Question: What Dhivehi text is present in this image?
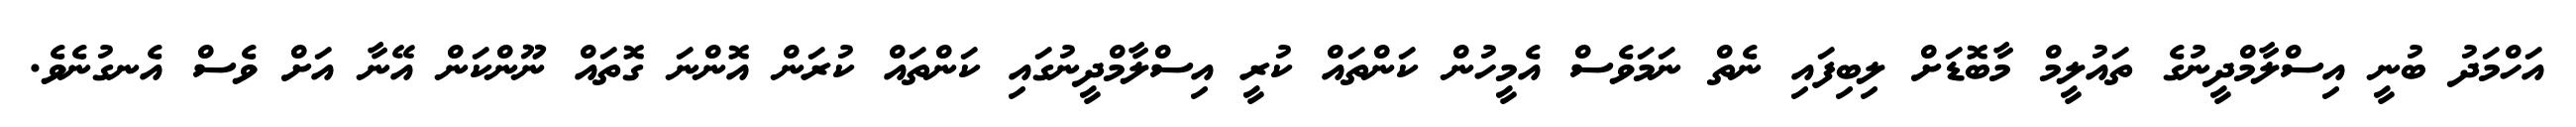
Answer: އަހްމަދު ބުނީ އިސްލާމްދީނުގެ ތައުލީމް މާބޮޑަށް ލިބިފައި ނެތް ނަމަވެސް އެމީހުން ކަންތައް ކުރީ އިސްލާމްދީނުގައި ކަންތައް ކުރަން އޮންނަ ގޮތައް ނޫންކަން އޭނާ އަށް ވެސް އެނގުނެވެ.